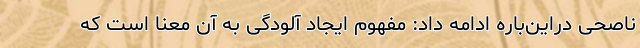
ناصحی دراین‌باره ادامه داد: مفهوم ایجاد آلودگی به آن معنا است که